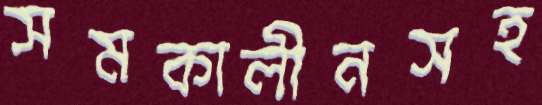
সমকালীনসহ